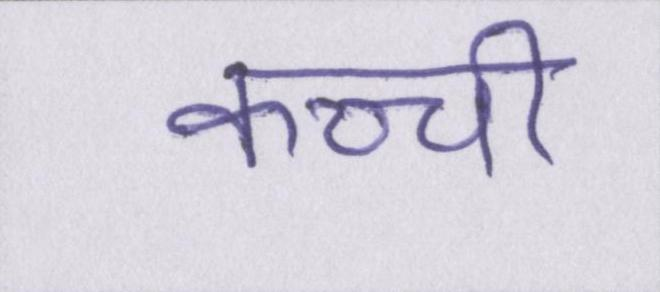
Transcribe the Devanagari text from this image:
कच्ची